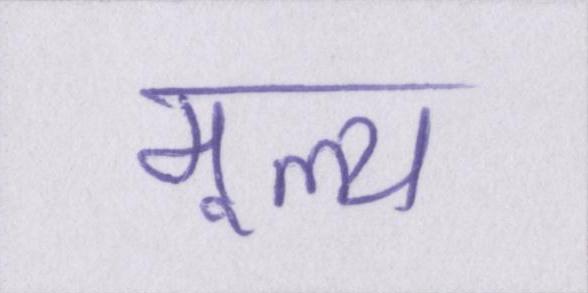
मूल्य